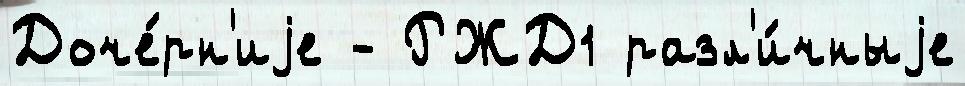
Доче́рн'иjе - РЖД1 разл'и́чныjе